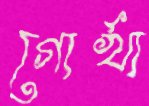
গোর্খা